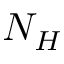
N _ { H }